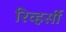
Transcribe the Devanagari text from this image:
रिव्हर्सी